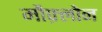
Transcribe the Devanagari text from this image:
मौफ़्लोन